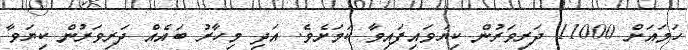
ހަމައަށް 11000 ދަރިވަރުން ކިޔަވައިފައިވާ ކަމަށެވެ. އަދި މިހާރު ބައެއް ދަރިވަރުން ކިޔަވާ